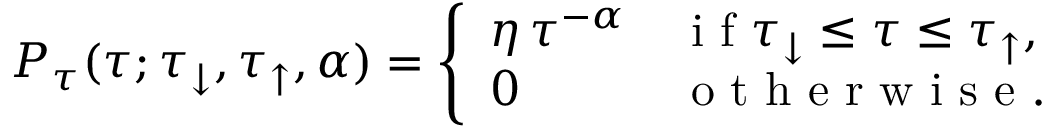
P _ { \tau } ( \tau ; \tau _ { \downarrow } , \tau _ { \uparrow } , \alpha ) = \left\{ \begin{array} { l l } { \displaystyle \eta \, \tau ^ { - \alpha } } & { \mathrm { ~ i ~ f ~ } \tau _ { \downarrow } \leq \tau \leq \tau _ { \uparrow } , } \\ { 0 } & { \mathrm { ~ o ~ t ~ h ~ e ~ r ~ w ~ i ~ s ~ e ~ } . } \end{array} \right.